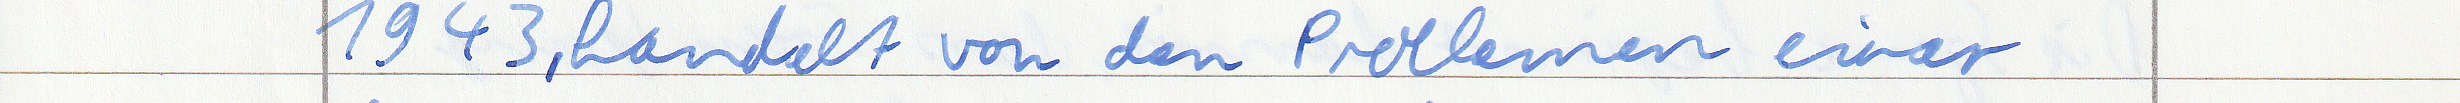
1943, handelt von den Problemen einer